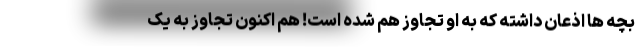
بچه ها اذعان داشته که به او تجاوز هم شده است! هم اکنون تجاوز به یک